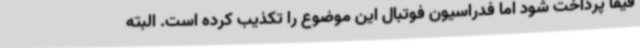
فیفا پرداخت شود اما فدراسیون فوتبال این موضوع را تکذیب کرده است. البته